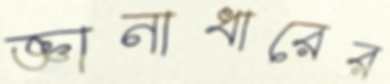
জ্ঞানাধারের